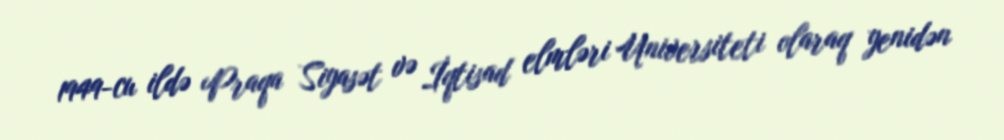
1949-cu ildə Praqa Siyasət və İqtisad elmləri Universiteti olaraq yenidən